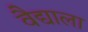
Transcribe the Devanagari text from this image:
वैद्याला